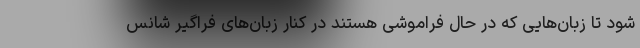
شود تا زبان‌هایی که در حال فراموشی هستند در کنار زبان‌های فراگیر شانس